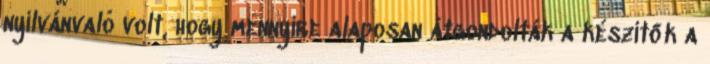
nyilvánvaló volt, hogy mennyire alaposan átgondolták a készítők a